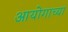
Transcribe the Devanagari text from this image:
आयोगाच्‍या